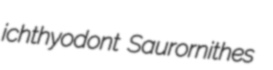
ichthyodont Saurornithes